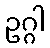
ဥဂ္ဂါ